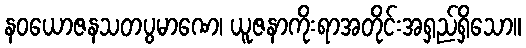
နဝယောဇနသတပွမာဏေ၊ ယူဇနာကိုးရာအတိုင်းအရှည်ရှိသော။